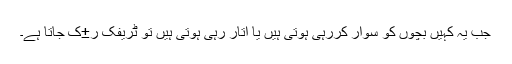
جب یہ کہیں بچوں کو سوار کررہی ہوتی ہیں یا اتار رہی ہوتی ہیں تو ٹریفک ر±ک جاتا ہے۔